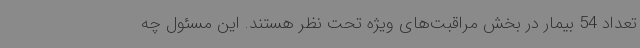
تعداد 54 بیمار در بخش مراقبت‌های ویژه تحت نظر هستند. این مسئول چه